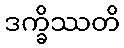
ဒက္ခိဿတိ